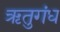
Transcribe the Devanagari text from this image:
ऋतुगंध